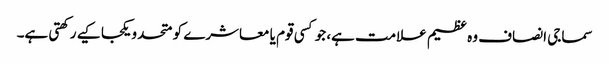
سماجی انصاف وہ عظیم علامت ہے، جو کسی قوم یا معاشرے کو متحد و یکجا کیے رکھتی ہے۔